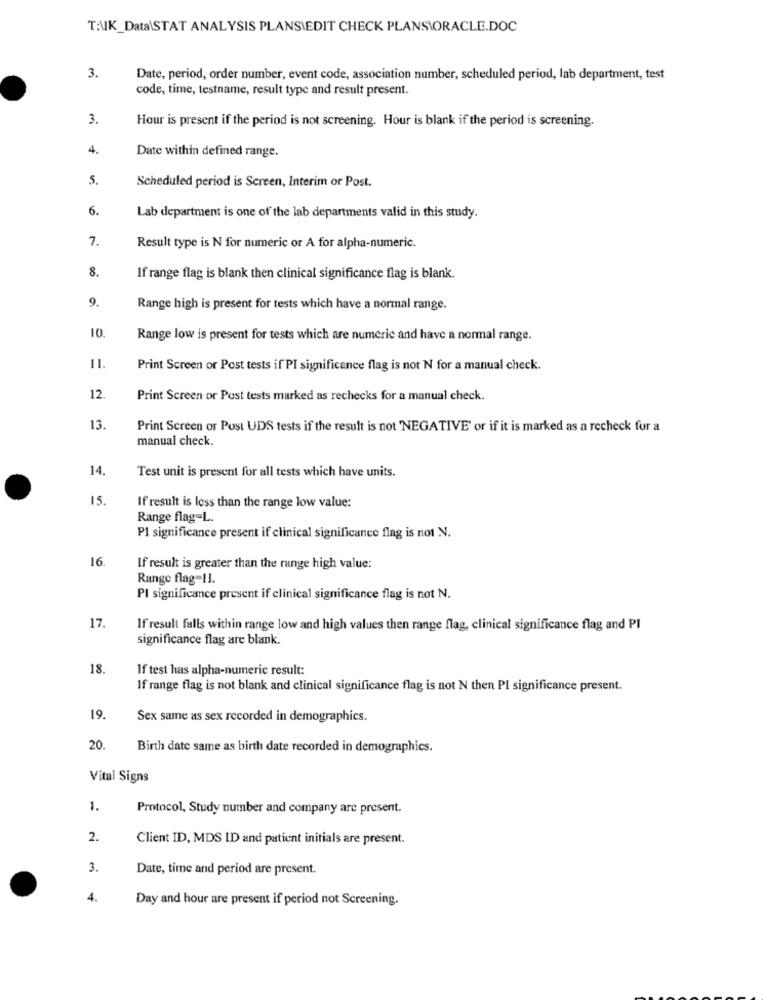
T:UK_Data\STAT ANALYSIS PLANSIEDIT CHECK PLANS\ORACLE.DOC
3.
Date, period, order number, event code, association number, scheduled period, lab department, test
code, time, testname, result type and result present.
3.
Hour is present if the period is not screening. Hour is blank if the period is screening.
4.
Date within defined range.
5.
Scheduled period is Screen, Interim or Post.
6.
Lab department is one of the lab departments valid in this study.
7.
Result type is N for numeric or A for alpha-numeric.
8.
If range flag is blank then clinical significance flag is blank.
9.
Range high is present for tests which have a normal range.
10
Range low is present for tests which are numeric and have a normal range.
11.
Print Screen or Post tests if PI significance flag is not N for a manual check.
12.
Print Screen or Post tests marked as rechecks for a manual check.
13.
Print Screen or Post UDS tests if the result is not 'NEGATIVE' or if it is marked as a recheck for a
manual check.
14,
Test unit is present for all tests which have units.
15.
If result is less than the range low value:
Range flag-L.
Pl significance present if clinical significance flag is not N.
16.
If result is greater than the range high value:
Range flag-11.
PI significance present if clinical significance flag is not N.
17.
If result falls within range low and high values then range flag, clinical significance flag and PI
significance flag are blank.
18.
If test has alpha-numeric result:
If range flag is not blank and clinical significance flag is not N then PI significance present.
19.
Sex same as sex recorded in demographics.
20.
Birth date same as birth date recorded in demographics.
Vital Signs
1.
Protocol, Study number and company are present.
2.
Client ID, MDS ID and patient initials are present.
3.
Date, time and period are present.
4.
Day and hour are present if period not Screening.